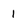
Character: 1